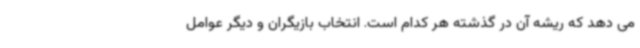
می دهد که ریشه آن در گذشته هر کدام است. انتخاب بازیگران و دیگر عوامل